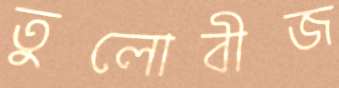
তুলোবীজ